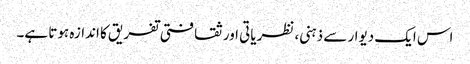
اس ایک دیوار سے ذہنی، نظریاتی اور ثقافتی تفریق کا اندازہ ہوتا ہے۔